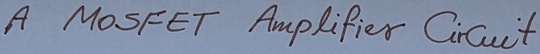
Text: A mosfet Amplifier Circuit